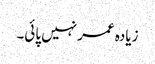
زیادہ عمر نہیں پائی۔